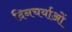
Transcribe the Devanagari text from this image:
दिनचर्याओं